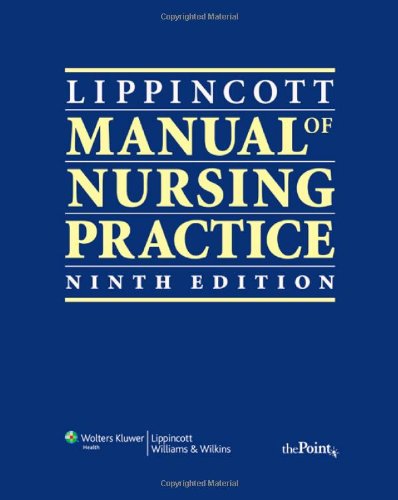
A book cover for Lippincott Manual of Nursing Practice; Sandra M. Nettina; Medical Books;